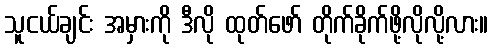
သူငယ်ချင်း အမှားကို ဒီလို ထုတ်ဖော် တိုက်ခိုက်ဖို့လိုလို့လား။